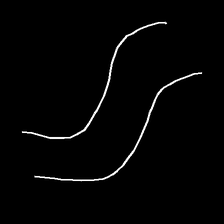
Glyph: float